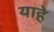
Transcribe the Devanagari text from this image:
याहे